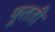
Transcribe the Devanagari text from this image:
फूलतीं